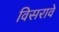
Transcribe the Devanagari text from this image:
विसरावे